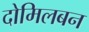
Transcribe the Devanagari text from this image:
दोमिलबन